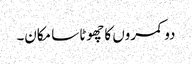
دو کمروں کا چھوٹا سا مکان۔